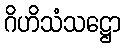
ဂိဟိသံသဋ္ဌော